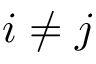
i \ne j